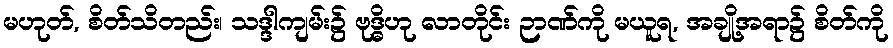
မဟုတ်, စိတ်သိတည်း၊ သဒ္ဒါကျမ်း၌ ဗုဒ္ဓိဟု လာတိုင်း ဉာဏ်ကို မယူရ, အချို့အရာ၌ စိတ်ကို